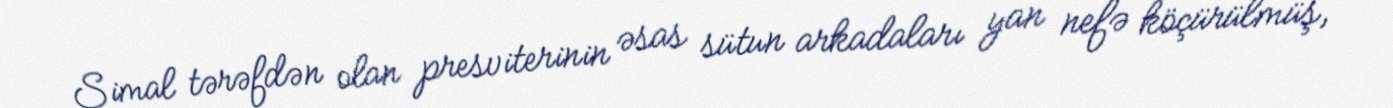
Şimal tərəfdən olan presviterinin əsas sütun arkadaları yan nefə köçürülmüş,